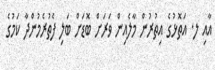
އާއި ލ. އަތޮޅުގެ އިތުރުން މާލެއިން ވަރަށް ބޮޑަށް ބަލި ފެތުރެމުންދާ ކަމުގެ